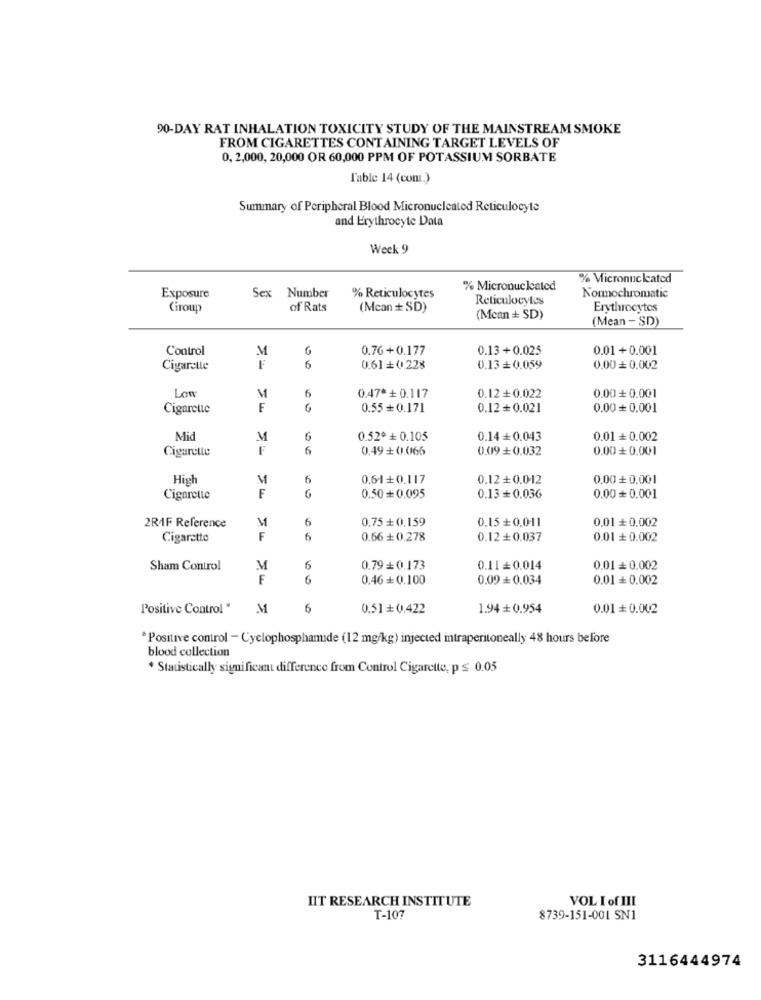
90-DAY RAT INHALATION TOXICITY STUDY OF THE MAINSTREAM SMOKE
FROM CIGARETTES CONTAINING TARGET LEVELS OF
0, 2,000, 20,000 OR 60,000 PPM OF POTASSIUM SORBATE
l'able 14 (cont.)
Summary of Peripheral Blood Micronucleated Reticulocyte
and Erythrocyte Data
Week 9
% Micronuc kated
% Reticulocytes
% Micronucleated
Exposure
Sex Number
Reticulocytes
Nonnochromatic
Giroup
of Rats
(Mcan + SD)
Erythrocytes
(Mean + SD)
(Mean - SD)
Control
M
0.76+0.177
0.13+0.025
0.01+ 0.001
Cigarette
F
9 0
0.61+0.228
0.13+0.059
0.00 0.002
Low
6
M
0.47* + 0.117
0.12+0.022
0.00+0.001
Cigarette
F
0.55+0.171
0.12+0.021
0.00+ 0.001
Mid
M
6
0.52º + 0.105
0.14+ 0.043
0.01+ 0.002
Cigarette
F
0.49+0.066
0.09+0.032
0.00+ 0.001
High
M
6
0.64+0.117
0.12+0.012
0.00 + 0.001
F
G
Cigarette
0.50 + 0.095
0.13+ 0.036
0.00+ 0.001
6
0.75+0,159
0,01 + 0,002
2RAF Reference
0.15+0.011
Cigarette
F
6
0.66+ 0.278
0.12+0.037
0.01 + 0.002
Sham Control
M
6
0.79+0.173
0.11=0.014
0.01 = 0.002
F
6
0.46+ 0.100
0.09= 0.034
0.01+ 0.002
Positive Control "
M
6
0.51+ 0.422
1.94 + 0.954
0.01= 0.002
* Positive control - Cyclophosphanude (12 mg/kg) injected intraperitoneally 48 hours before
blood collection
* Statistically significant difference from Control Cigarette, p ≤ 0.05
HIT RESEARCH INSTITUTE
VOL I of III
T-107
8739-151-001 SN1
3116444974